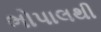
ભોપાલથી